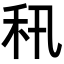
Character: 𥝡